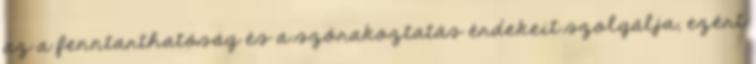
az a fenntarthatóság és a szórakoztatás érdekeit szolgálja, ezért